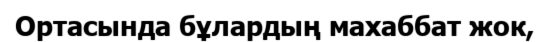
Ортасында бұлардың махаббат жок,